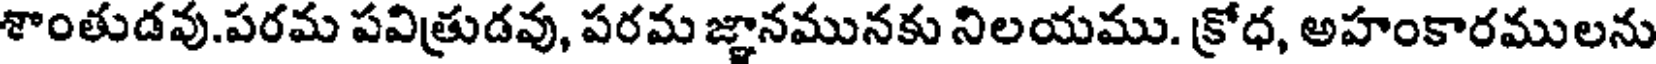
శాంతుడవు.పరమ పవిత్రుడవు, పరమ జ్ఞానమునకు నిలయము. క్రోధ, అహంకారములను